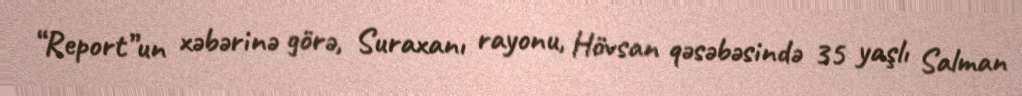
“Report”un xəbərinə görə, Suraxanı rayonu, Hövsan qəsəbəsində 35 yaşlı Salman